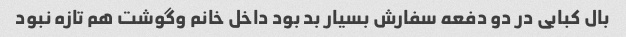
بال کبابی در دو دفعه سفارش بسیار بد بود داخل خانم وگوشت هم تازه نبود